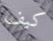
كيف